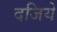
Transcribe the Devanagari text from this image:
दजिये